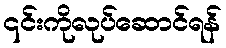
၎င်းကိုလုပ်ဆောင်ရန်